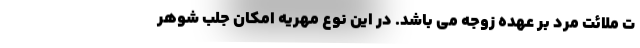
ت ملائت مرد بر عهده زوجه می باشد. در این نوع مهریه امکان جلب شوهر